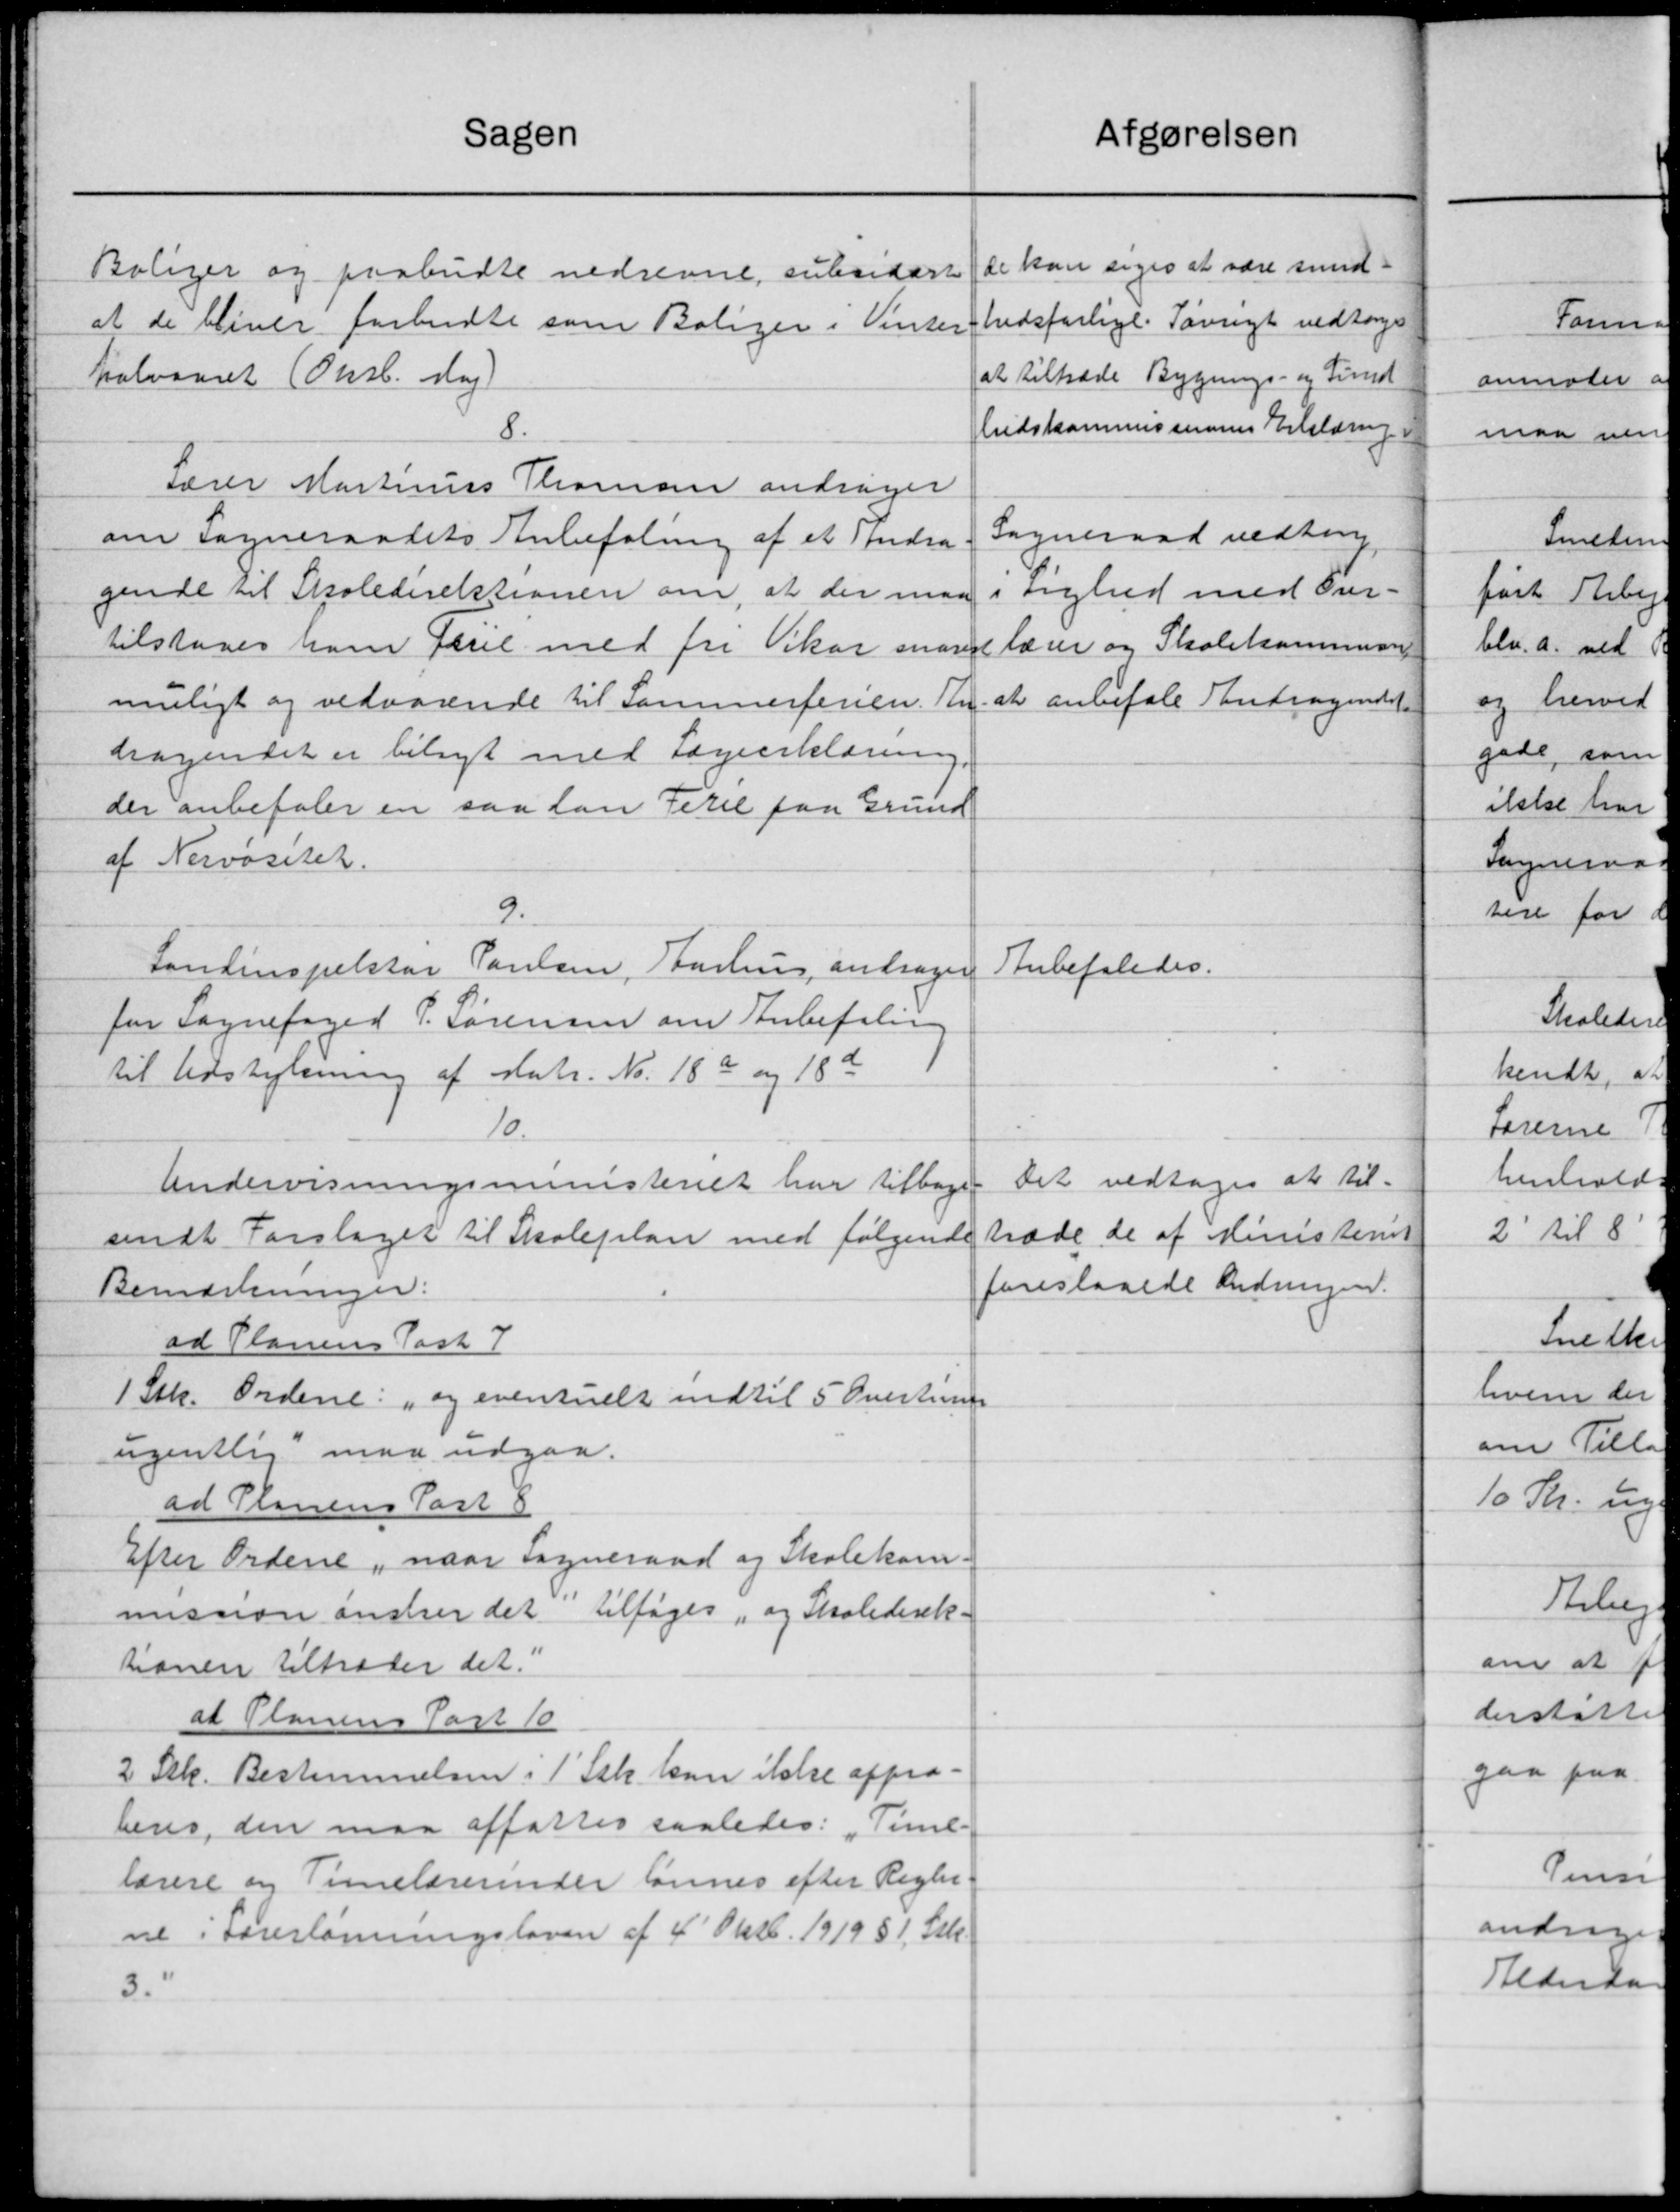
Transskription:
Sagen
Boliger og paabudte nedrevne, subsidere
at de bliver forbudte som Boliger i Vinter
halvaaret (Onsl. dag)
8.
Lærer Martinus Thomsen andrager
om Sogneraadets Anbefaling af et Andra
gende til Skoledirektionen om, at der maa
tilstaaes ham Feril med fri Vikar man
muligt og vedvarende til Sammerferien. An
dragendet er bilagt med Lægeerklæring
der anbefaler en saa han Terel paa Grund
af Nervositet.
9.
Landinspektør Poulsen, Aarhus andrager
for Sognefoged P. Sørensen om Anbefaling
til Udstykning af Matr. No. 18a og 18 de
10.
Undervisningsministeriet har tilbage
sendt Forslaget til Skoleplan med følgende
Bemærkninger:
ad Planens Past 7
1 Stk. Ordene: "og eventuelt indtil 5 Ovestum
ugentlig maa udgaa.
ad Planens Past 8
Efter Ordene, naar Sogneraad og Skolekom-
mission ansker det tilføges, og Skoledirek-
tionen tiltræder det.
at Planens Part 10
2 Stk. Bestemmelsen i 1' Stk. kan ikke appro-
beres, den maa affattes saaledes: Time-
lærere og Timelærerinder lønnes efter Regler.
ne i Foreslønningsloven af 4' Oktb. 1919 § 1 Stk.
3.